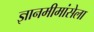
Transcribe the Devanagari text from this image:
ज्ञानमीमांसेला